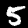
Digit: 5